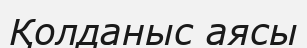
Қолданыс аясы